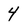
Character: 4